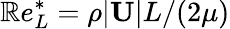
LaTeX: \mathbb{R}e_{L}^{*}=\rho|\mathbf{{U}}|L/(2\mu)